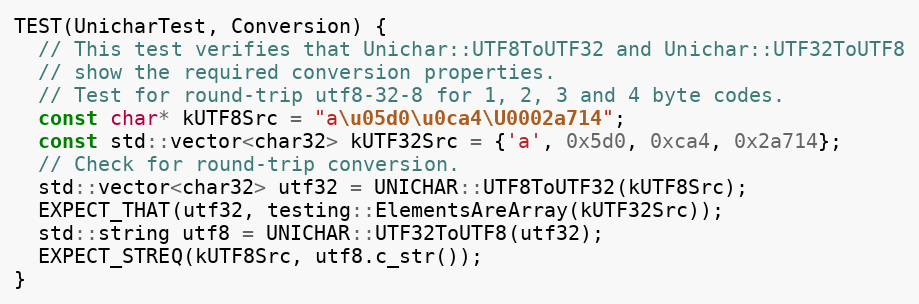
Language: C++
TEST(UnicharTest, Conversion) {
  // This test verifies that Unichar::UTF8ToUTF32 and Unichar::UTF32ToUTF8
  // show the required conversion properties.
  // Test for round-trip utf8-32-8 for 1, 2, 3 and 4 byte codes.
  const char* kUTF8Src = "a\u05d0\u0ca4\U0002a714";
  const std::vector<char32> kUTF32Src = {'a', 0x5d0, 0xca4, 0x2a714};
  // Check for round-trip conversion.
  std::vector<char32> utf32 = UNICHAR::UTF8ToUTF32(kUTF8Src);
  EXPECT_THAT(utf32, testing::ElementsAreArray(kUTF32Src));
  std::string utf8 = UNICHAR::UTF32ToUTF8(utf32);
  EXPECT_STREQ(kUTF8Src, utf8.c_str());
}